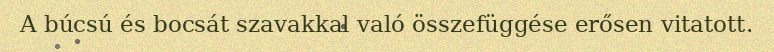
A búcsú és bocsát szavakkal való összefüggése erősen vitatott.